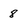
Character: 8